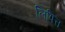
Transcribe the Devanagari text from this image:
लिपित्त